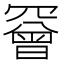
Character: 𦌛